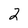
Character: 2